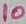
Text: 10